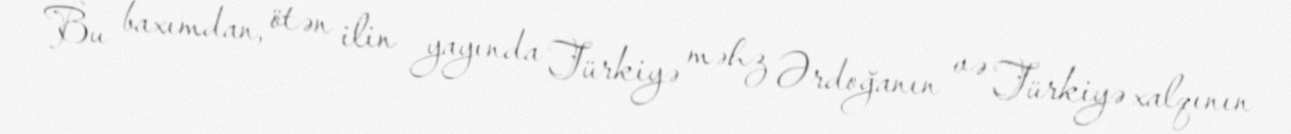
Bu baxımdan, ötən ilin yayında Türkiyə məhz Ərdoğanın və Türkiyə xalqının